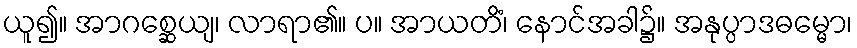
ယူ၍။ အာဂစ္ဆေယျ၊ လာရာ၏။ ပ။ အာယတိံ၊ နောင်အခါ၌။ အနုပ္ပာဒဓမ္မော၊